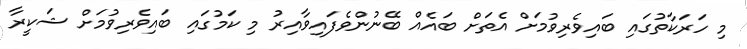
މި ހަރަކާތުގައި ބައިވެރިވުމަށް އެތަށް ބައެއް ބޭނުންވެފައިވާއިރު މި ކަމުގައި ބައިވެރިވުމަށް ޝަކީރާ